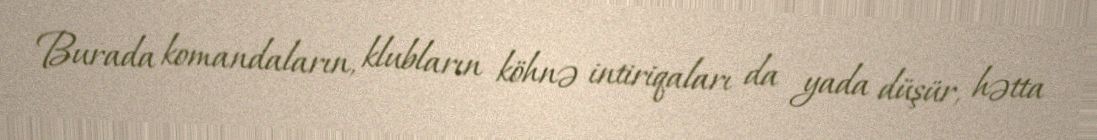
Burada komandaların, klubların köhnə intiriqaları da yada düşür, hətta